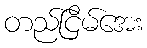
တည်ငြိမ်အေး